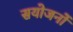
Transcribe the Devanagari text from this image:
सयोजनों